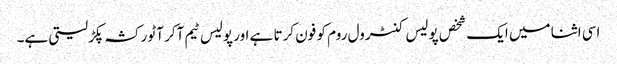
اسی اثنا میں ایک شخص پولیس کنٹرول روم کو فون کرتا ہے اور پولیس ٹیم آکر آٹو رکشہ پکڑ لیتی ہے۔